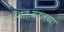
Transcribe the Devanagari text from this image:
स्वतःबद्दलच्या